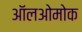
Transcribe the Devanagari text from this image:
ऑलओमोक